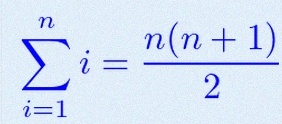
\sum_{i=1}^{n}i=\frac{n(n+1)}2